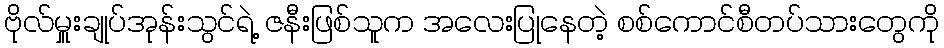
ဗိုလ်မှူးချုပ်အုန်းသွင်ရဲ့ ဇနီးဖြစ်သူက အလေးပြုနေတဲ့ စစ်ကောင်စီတပ်သားတွေကို